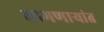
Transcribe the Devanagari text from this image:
मागणार्‍यांत